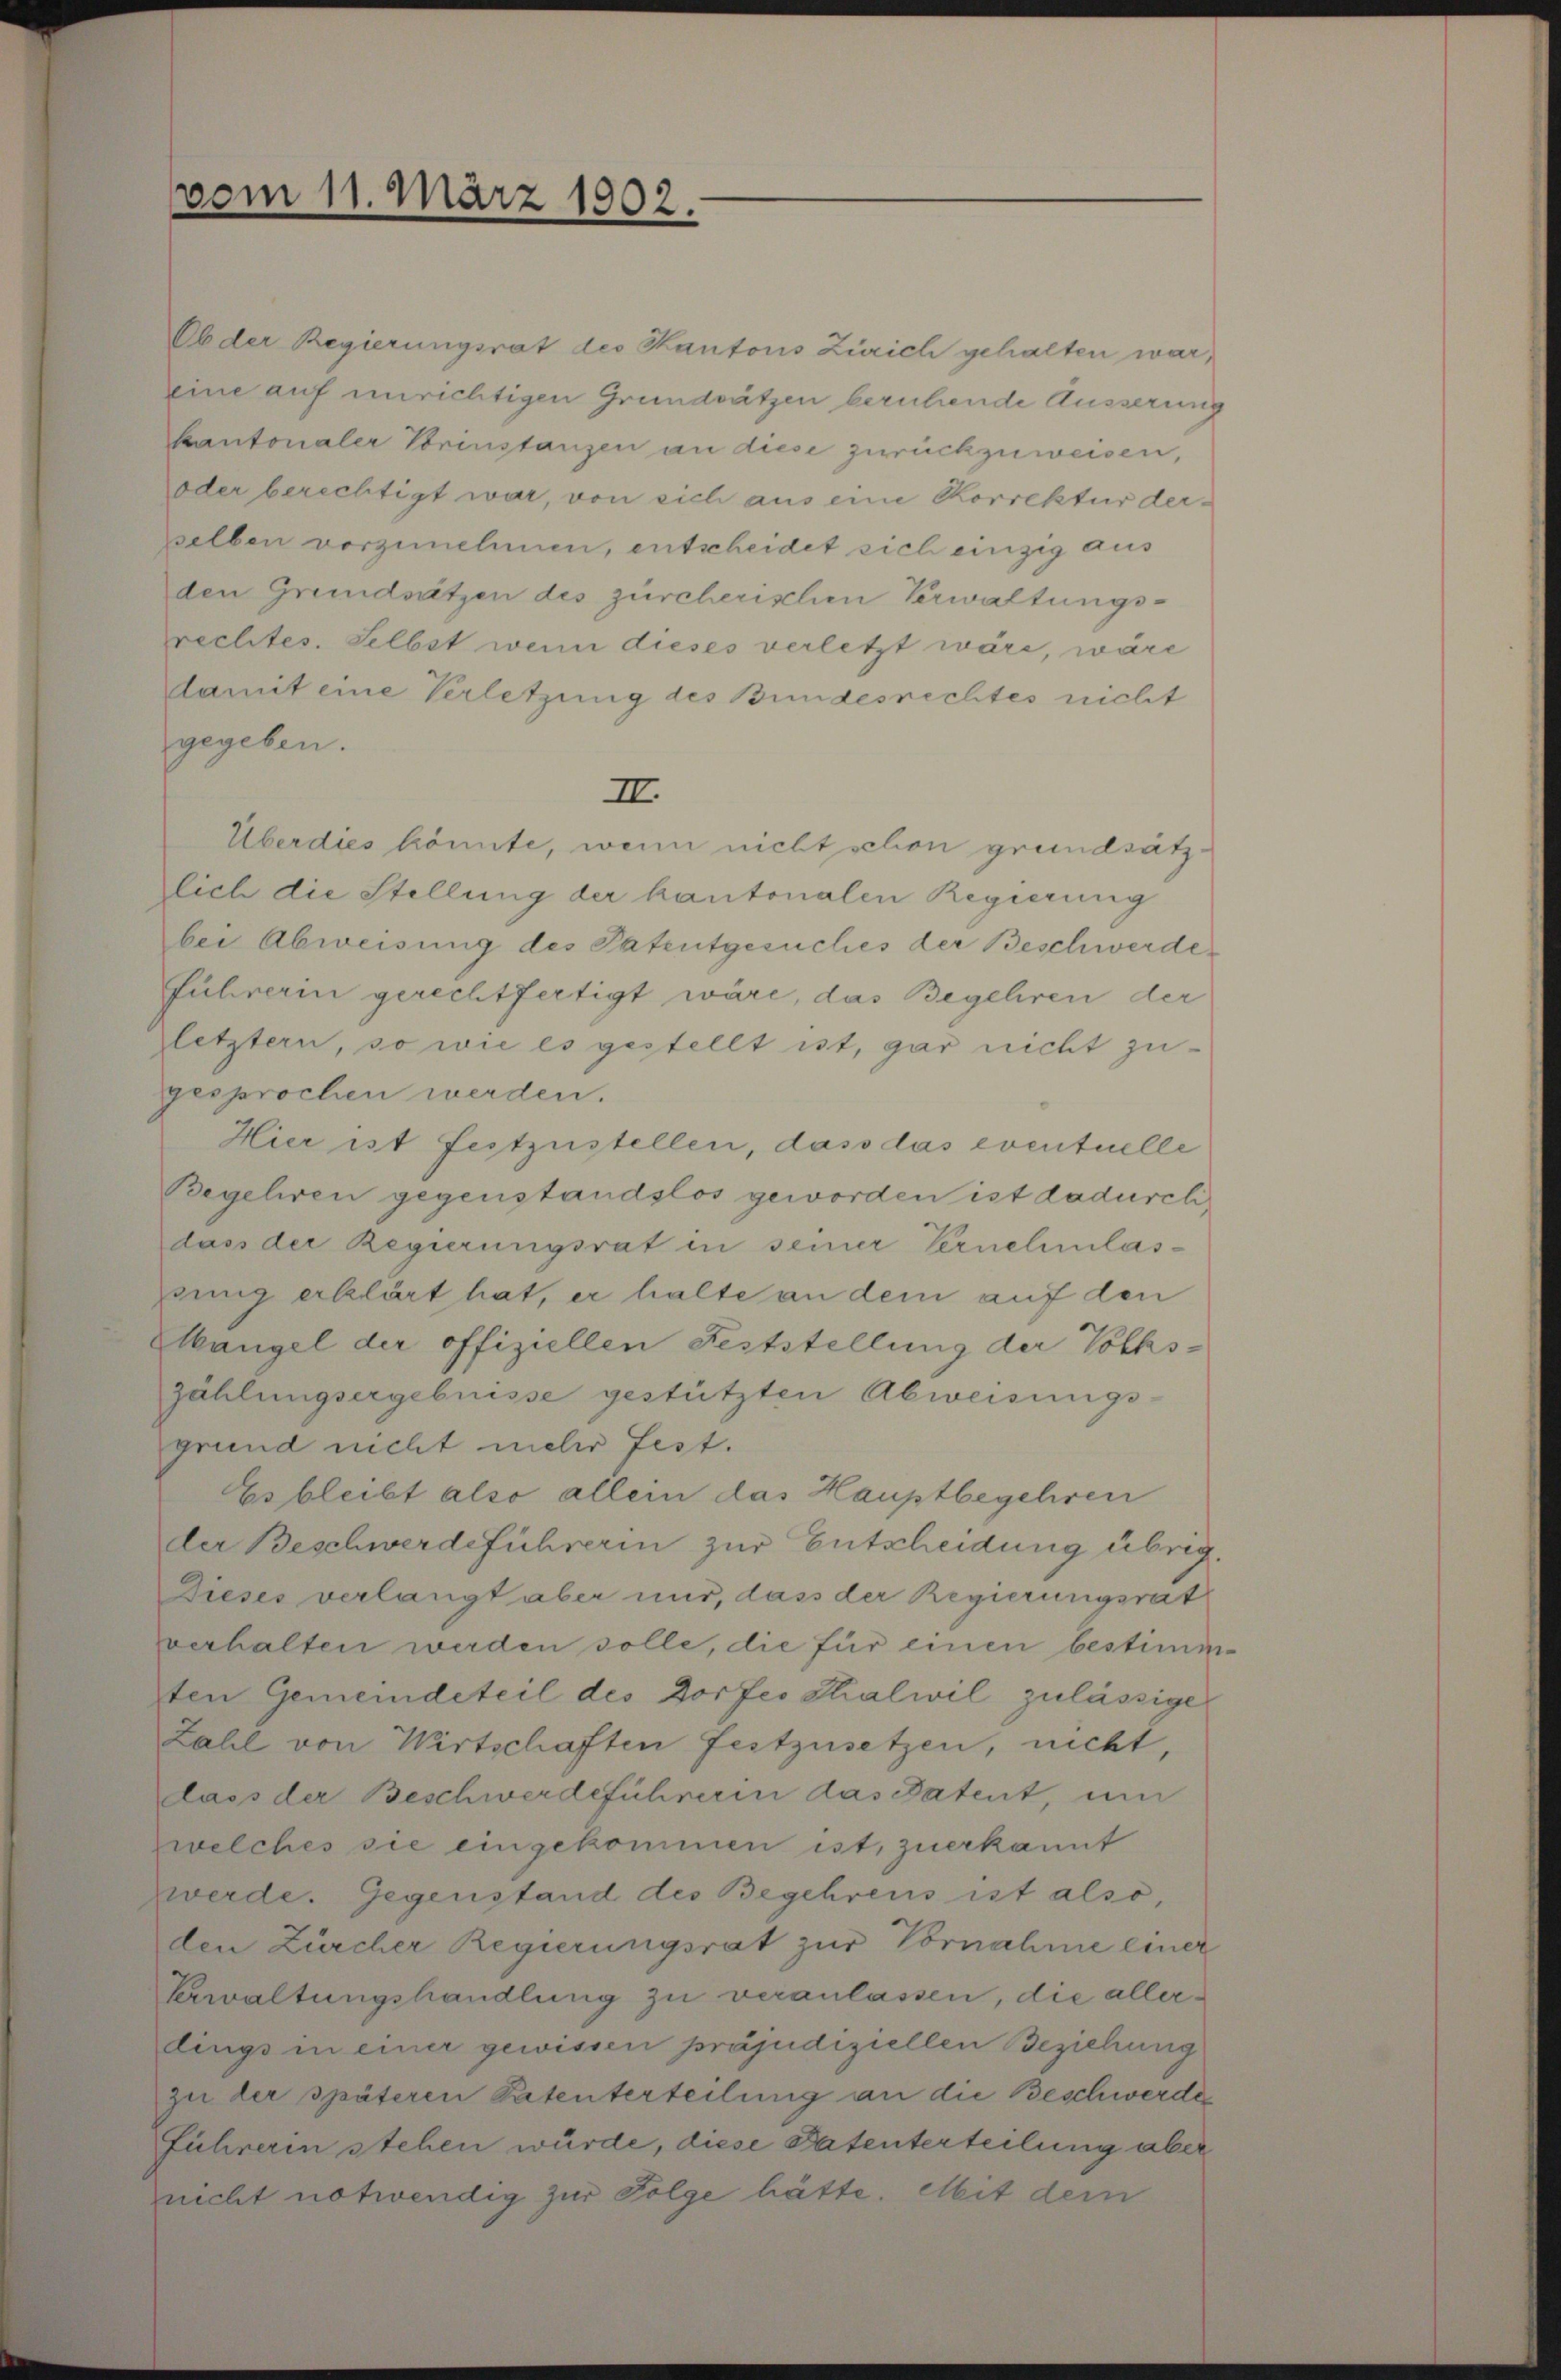
vom 11. März 1902.

Ob der Regierungsrat des Kantons Zürich gehalten war,
eine auf unrichtigen Grundsätzen beruhende Äusserung
Kantonaler Vorinstanzen an diese zurückzuweisen,
oder berechtigt war, von sich aus eine Korrektur derselben vorzunehmen, entscheidet sich einzig aus
den Grundsätzen des zürcherischen Verwaltungsrechtes. Selbst wenn dieses verletzt wäre, wäre
damit eine Verletzung des Bundesrechtes nicht
gegeben.
III.
Überdies könnte, wenn nicht schon grundsätz-
lich die Stellung der kantonalen Regierung
bei Abweisung des Patentgesuches der Beschwerde
führerin gerechtfertigt wäre, das Begehren der
letztern, so wie es gestellt ist, gar nicht zugesprochen werden.
Hier ist festzustellen, dass das eventuelle
Begeliren gegenstandslos geworden ist dadurchdass der Regierungsrat in seiner Vernehmlaswing erklärt hat, er halte an dem auf den
Mangel der offiziellen Feststellung der Volkszählungsergebnisse gestützten Abweisungs-
grund nicht mehr fest.
Es bleibt also allein das Hauptbegehren
der Beschwerdeführerin zur Entscheidung übrig.
Dieses verlangt aber nur, dass der Regierungsrat
verhalten werden solle, die für einen bestimm-
ten Gemeindeteil des Dorfes Thalwil zulässige
Zahl von Wirtschaften festzusetzen, nicht,
dass der Beschwerdeführerin das Patent, um
zwelches sie eingekommen ist, zuerkannt
zwerde. Gegenstand des Begehrens ist also,
den Zürcher Regierungsrat zur Vornahme einer
Verwaltungshandlung zu veranlassen, die allerdings in einer gewissen präjudiziellen Beziehung
zu der späteren Patenterteilung an die Beschwerde
führerin stehen würde, diese Patenterteilung aber
nicht notwendig zur Folge hätte. Mit dem